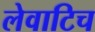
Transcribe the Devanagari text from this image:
लेवाटिच